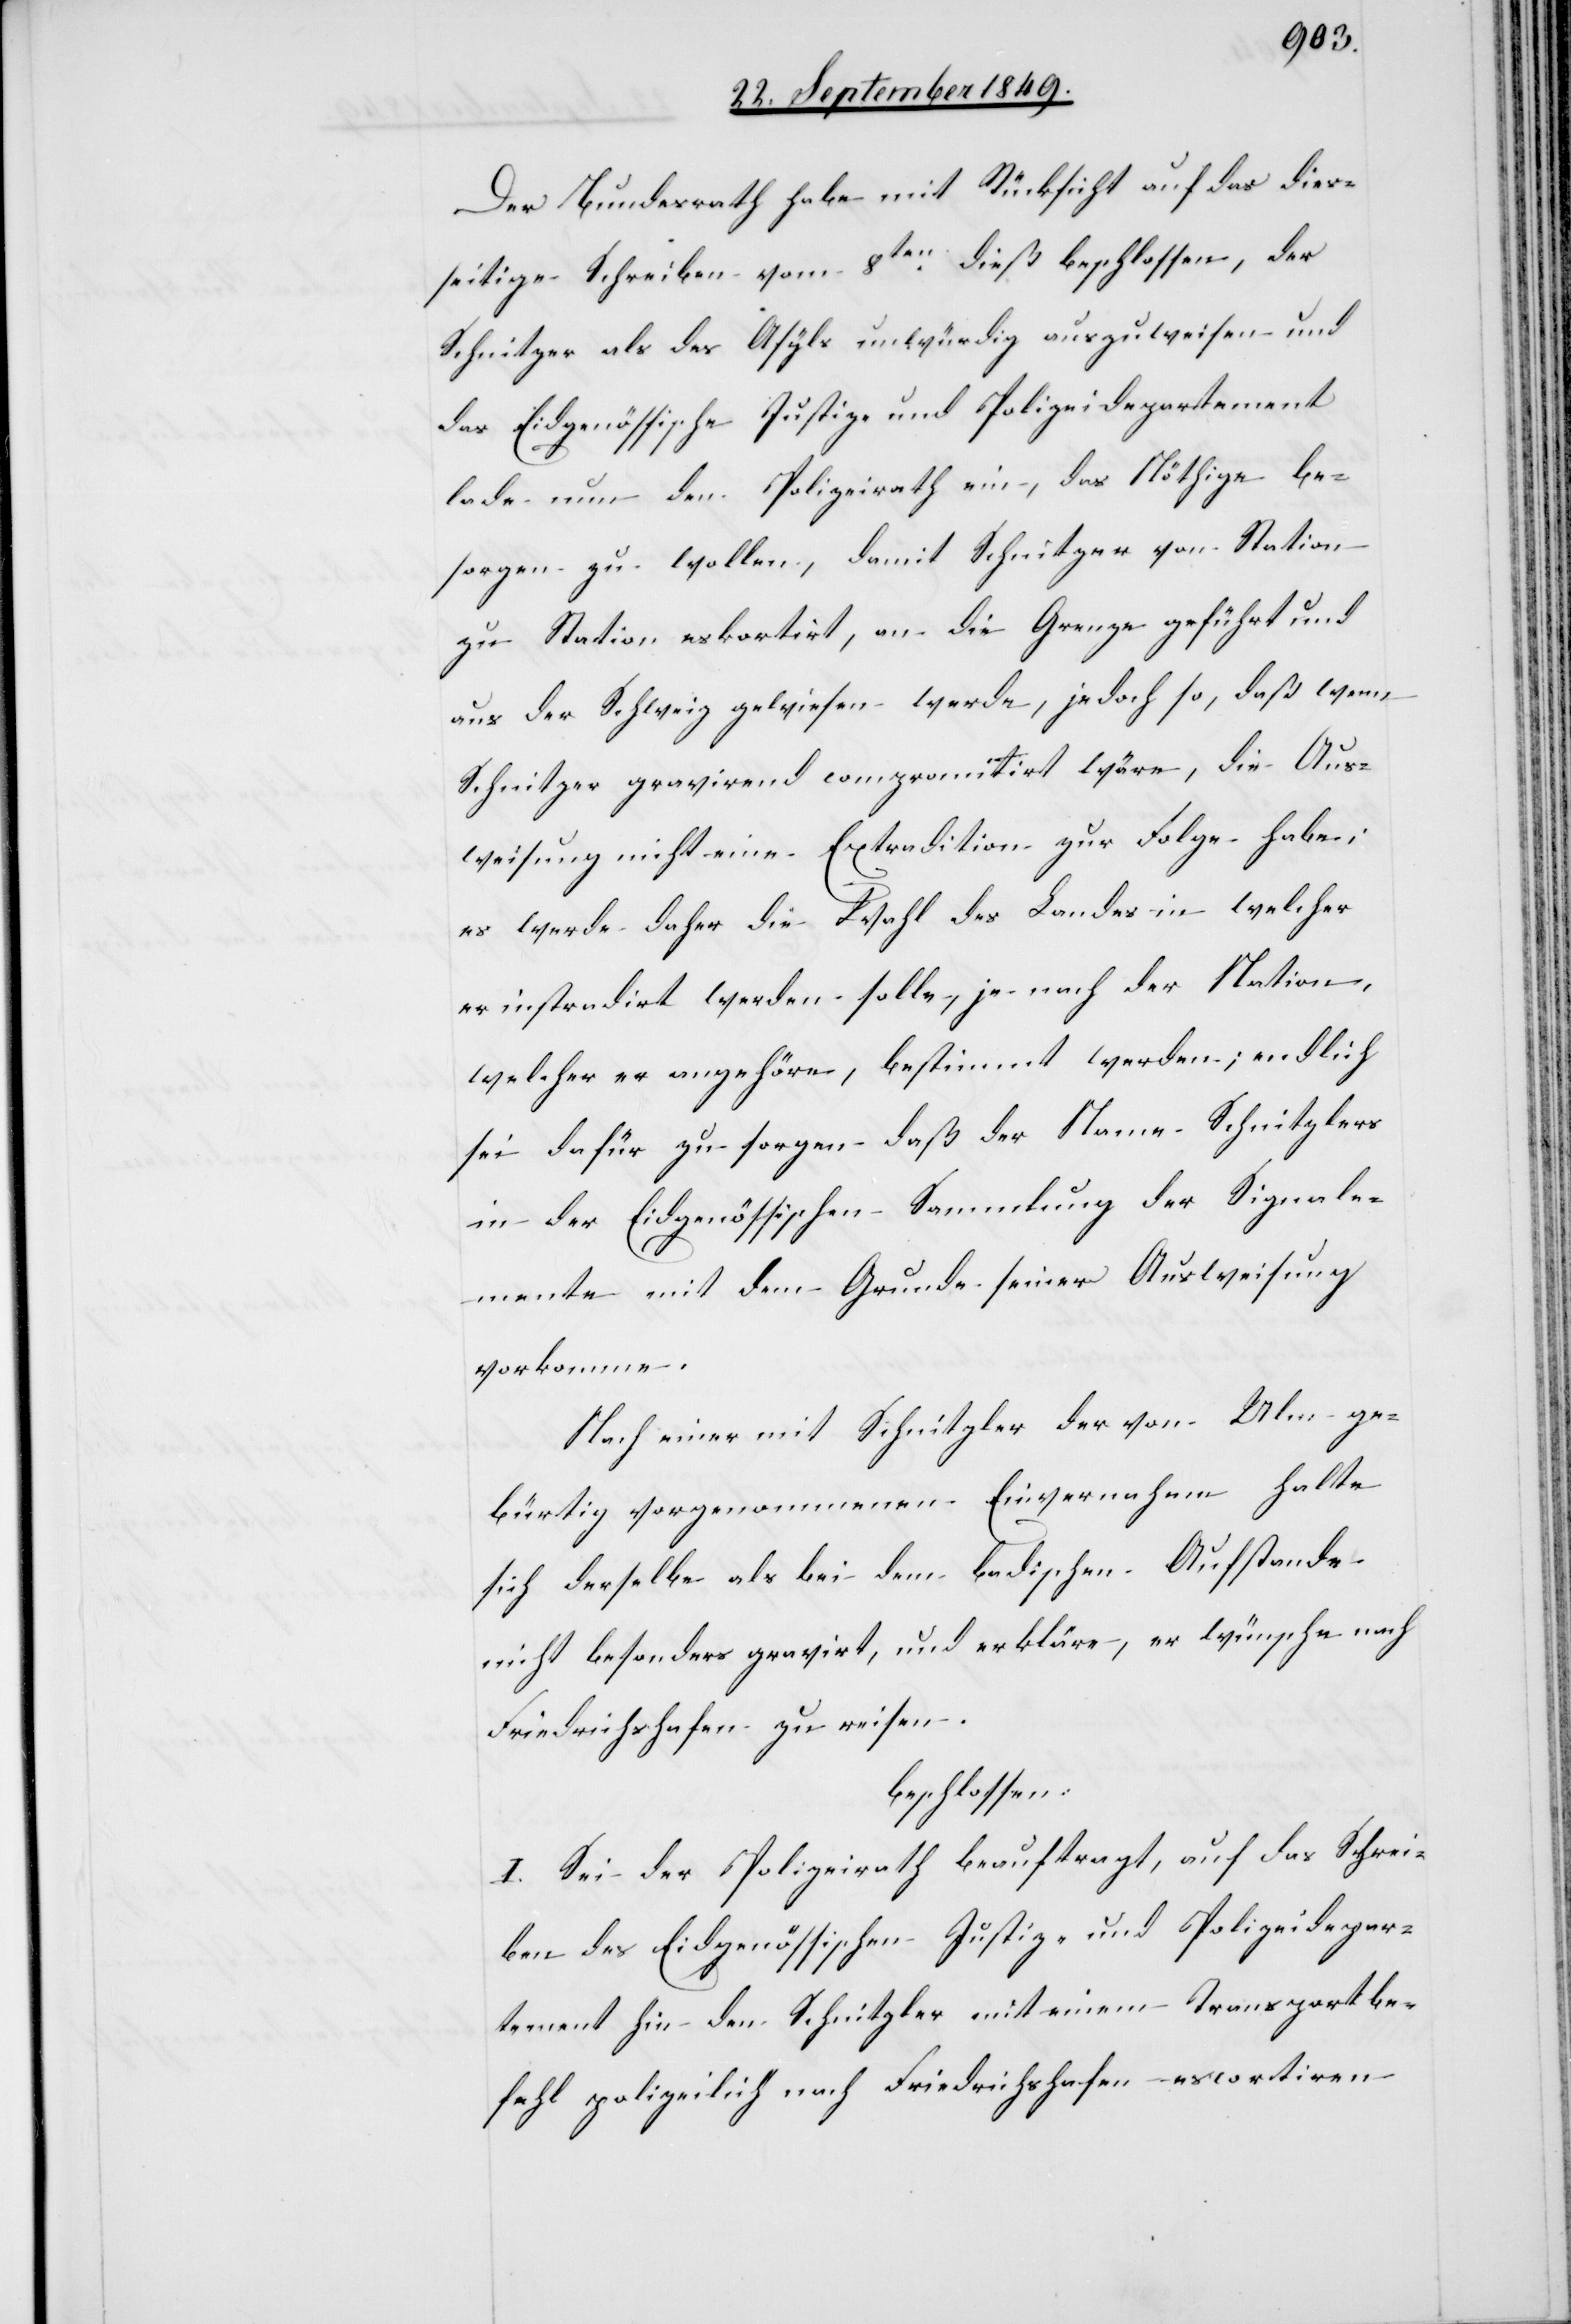
Der Bundesrath habe mit Rücksicht auf das dies¬
seitige Schreiben vom 8ten dieß beschlossen, der
Schnitzer als des Asyls unwürdig auszuweisen und
das Eidgenössische Justiz und Polizeidepartement
lade nun den Polizeirath ein, das Nöthige be¬
sorgen zu wollen, damit Schnitzer von Station
zu Station eskortirt, an die Grenze geführt und
aus der Schweiz gewiesen werde, jedoch so, daß wenn
Schnitzer gravirend compromitirt wäre, die Aus¬
weisung nicht eine Extradition zur Folge habe;
es werde daher die Wahl des Landes in welcher
er instradirt werden solle, je nach der Nation,
welcher er angehöre, bestimmt werden; endlich
sei dafür zu sorgen daß der Mann Schnitzlers
in der Eidgenössischen Sammlung der Signale¬
mente mit dem Grunde seiner Ausweisung
vorkomme.
Nach einer mit Schnitzler der von Ulm ge¬
bürtig vorgenommenen Einvernahme halte
sich derselbe als bei dem badischen Aufstande
nicht besonders gravirt, und erkläre, er wünsche nach
Friedrichshafen zu reisen.
beschlossen:
I. Sei der Polizeirath beauftragt, auf das Schrei¬
ben des Eidgenössischen Justiz- und Polizeidepar¬
tement hin dem Schnitzler mit einem Transportbe¬
fehl polizeilich nach Friedrichshafen escortiren